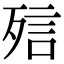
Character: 𣨌